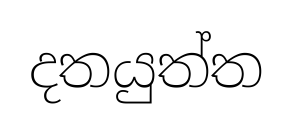
දතයුත්ත